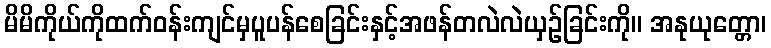
မိမိကိုယ်ကိုထက်ဝန်းကျင်မှပူပန်စေခြင်းနှင့်အဖန်တလဲလဲယှဉ်ခြင်းကို။ အနုယုတ္တော၊